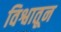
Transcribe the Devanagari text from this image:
विश्वातून